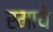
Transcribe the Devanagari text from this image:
रमाये